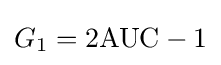
G_{1}=2{\mbox{AUC}}-1